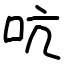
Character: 吭